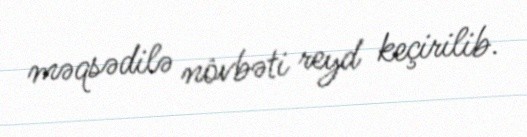
məqsədilə növbəti reyd keçirilib.